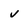
Character: v